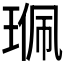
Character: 𤦍